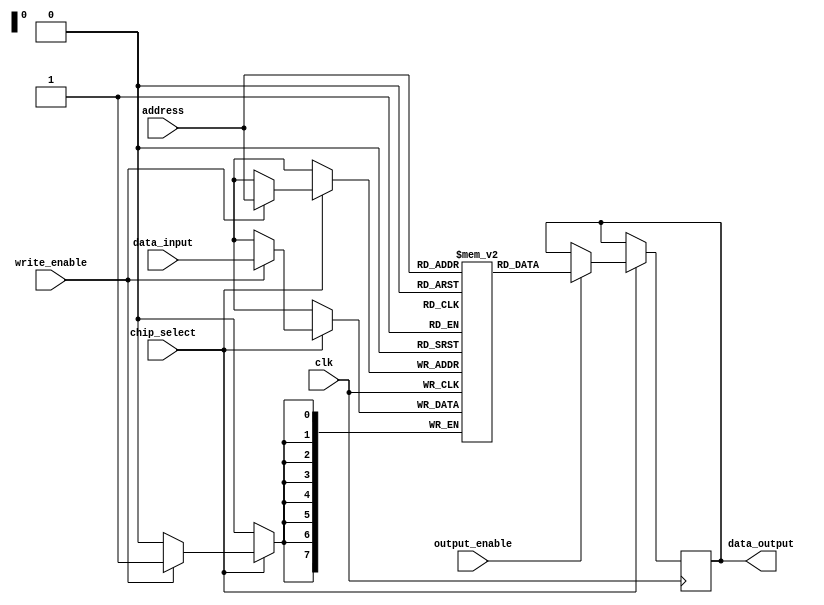
module sram (
    input wire clk,
    input wire chip_select,
    input wire write_enable,
    input wire output_enable,
    input wire [7:0] address,
    input wire [7:0] data_input,
    output reg [7:0] data_output
);

reg [7:0] memory [255:0];

always @ (posedge clk) begin
    if(chip_select) begin
        if(write_enable) begin
            memory[address] <= data_input;
        end
        
        if(output_enable) begin
            data_output <= memory[address];
        end
    end
end

endmodule